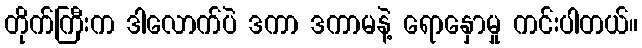
တိုက်ကြီးက ဒါလောက်ပဲ ဒကာ ဒကာမနဲ့ ရောနှောမှု ကင်းပါတယ်။